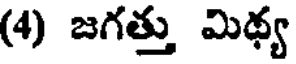
(4) జగత్తు మిథ్య